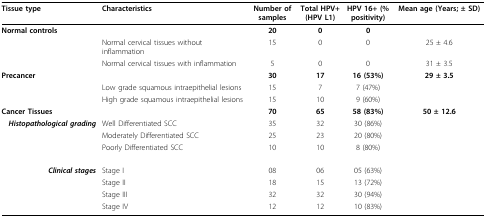
<table><thead><tr><td><b>Tissue type</b></td><td><b>Characteristics</b></td><td><b>Number of samples</b></td><td><b>Total HPV+ (HPV L1)</b></td><td><b>HPV 16+ (% positivity)</b></td><td><b>Mean age (Years; ± SD)</b></td></tr></thead><tbody><tr><td><b>Normal controls</b></td><td></td><td><b>20</b></td><td><b>0</b></td><td><b>0</b></td><td></td></tr><tr><td></td><td>Normal cervical tissues without inflammation</td><td>15</td><td>0</td><td>0</td><td>25 ± 4.6</td></tr><tr><td></td><td>Normal cervical tissues with inflammation</td><td>5</td><td>0</td><td>0</td><td>31 ± 3.5</td></tr><tr><td><b>Precancer</b></td><td></td><td><b>30</b></td><td><b>17</b></td><td><b>16 (53%)</b></td><td><b>29 ± 3.5</b></td></tr><tr><td></td><td>Low grade squamous intraepithelial lesions</td><td>15</td><td>7</td><td>7 (47%)</td><td></td></tr><tr><td></td><td>High grade squamous intraepithelial lesions</td><td>15</td><td>10</td><td>9 (60%)</td><td></td></tr><tr><td><b>Cancer Tissues</b></td><td></td><td><b>70</b></td><td><b>65</b></td><td><b>58 (83%)</b></td><td><b>50 ± 12.6</b></td></tr><tr><td><i><b>Histopathological grading</b></i></td><td>Well Differentiated SCC</td><td>35</td><td>32</td><td>30 (86%)</td><td></td></tr><tr><td></td><td>Moderately Differentiated SCC</td><td>25</td><td>23</td><td>20 (80%)</td><td></td></tr><tr><td></td><td>Poorly Differentiated SCC</td><td>10</td><td>10</td><td>8 (80%)</td><td></td></tr><tr><td><i><b>Clinical stages</b></i></td><td>Stage I</td><td>08</td><td>06</td><td>05 (63%)</td><td></td></tr><tr><td></td><td>Stage II</td><td>18</td><td>15</td><td>13 (72%)</td><td></td></tr><tr><td></td><td>Stage III</td><td>32</td><td>32</td><td>30 (94%)</td><td></td></tr><tr><td></td><td>Stage IV</td><td>12</td><td>12</td><td>10 (83%)</td><td></td></tr></tbody></table>